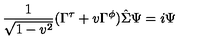
{ \frac { 1 } { \sqrt { 1 - v ^ { 2 } } } } ( \Gamma ^ { \tau } + v \Gamma ^ { \phi } ) \hat { \Sigma } \Psi = i \Psi